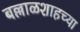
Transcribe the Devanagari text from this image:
बल्लाळशाहच्या